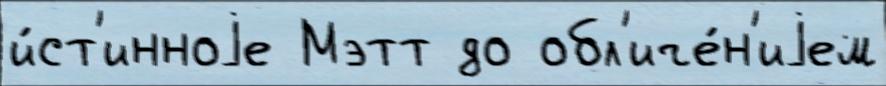
и́ст'инноjе Мэтт до обл'иче́н'иjем